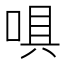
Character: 㖵